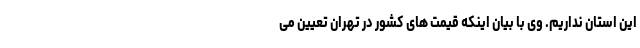
این استان نداریم. وی با بیان اینکه قیمت های کشور در تهران تعیین می